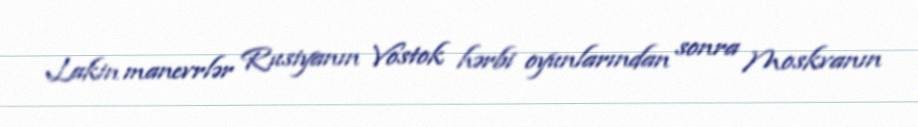
Lakin manevrlər Rusiyanın Vostok hərbi oyunlarından sonra Moskvanın